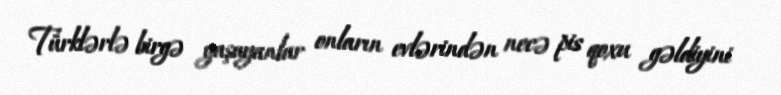
Türklərlə birgə yaşayanlar onların evlərindən necə pis qoxu gəldiyini